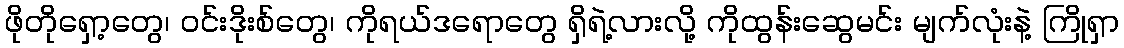
ဖိုတိုရှော့တွေ၊ ဝင်းဒိုးစ်တွေ၊ ကိုရယ်ဒရောတွေ ရှိရဲ့လားလို့ ကိုထွန်းဆွေမင်း မျက်လုံးနဲ့ ကြိုရှာ